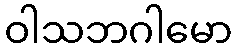
ဝါသဘဂါမော